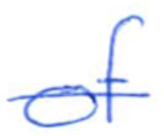
Text: of
Cross-out: single-line
Writing tool: ballpoint